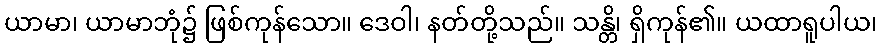
ယာမာ၊ ယာမာဘုံ၌ ဖြစ်ကုန်သော။ ဒေဝါ၊ နတ်တို့သည်။ သန္တိ၊ ရှိကုန်၏။ ယထာရူပါယ၊